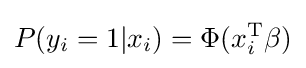
P(y_{i}=1|x_{i})=\Phi (x_{i}^{\operatorname {T} }\beta )